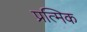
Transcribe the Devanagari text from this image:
प्रत्मिक